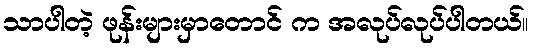
သာပါတဲ့ ဖုန်းများမှာတောင် က အလုပ်လုပ်ပါတယ်။